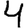
Digit: 4